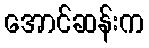
အောင်ဆန်းက